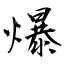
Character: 爆